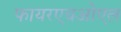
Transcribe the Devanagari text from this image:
फायरएचओएल